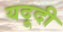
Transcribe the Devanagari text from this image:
यदूदी